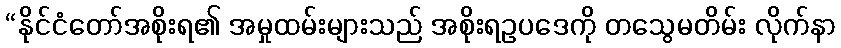
“နိုင်ငံတော်အစိုးရ၏ အမှုထမ်းများသည် အစိုးရဥပဒေကို တသွေမတိမ်း လိုက်နာ